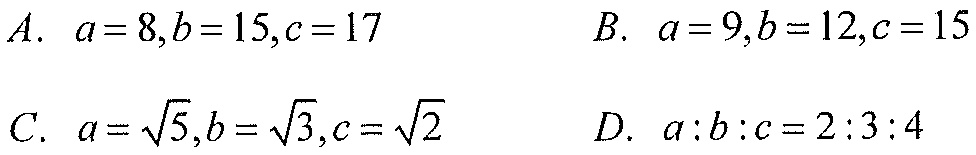
A. \(a = 8,b = 15,c = 17\)  B. \(a = 9,b = 12,c = 15\)
C. \(a=\sqrt{5},b=\sqrt{3},c=\sqrt{2}\)  D. \(a:b:c = 2:3:4\)